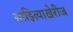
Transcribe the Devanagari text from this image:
साहित्याखेरीज